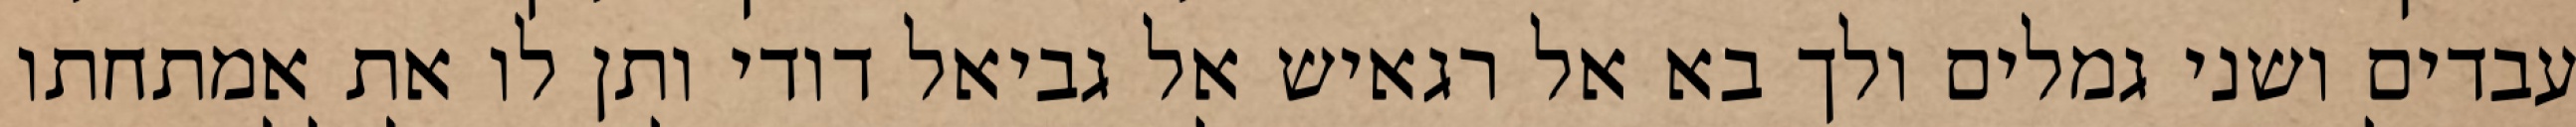
עבדים ושני גמלים ולך בא אל רגאיש אל גביאל דודי ותן לו את אמתחתו